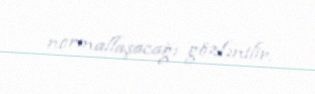
normallaşacağı gözlənilir.